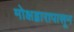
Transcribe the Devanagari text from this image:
मोक्षद्वारापासून